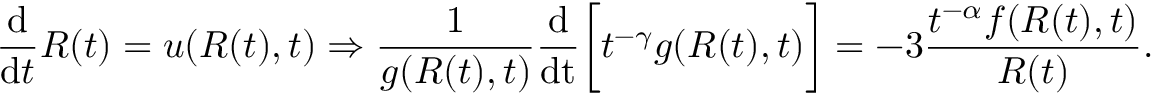
\frac { \mathrm { d } } { \mathrm { d } t } R ( t ) = u ( R ( t ) , t ) \Rightarrow \frac { 1 } { g ( R ( t ) , t ) } \frac { \mathrm { d } } { \mathrm { d t } } \bigg [ t ^ { - \gamma } g ( R ( t ) , t ) \bigg ] = - 3 \frac { t ^ { - \alpha } f ( R ( t ) , t ) } { R ( t ) } .